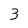
Character: 3